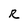
Character: R